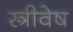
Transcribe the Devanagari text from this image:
स्त्रीवेष